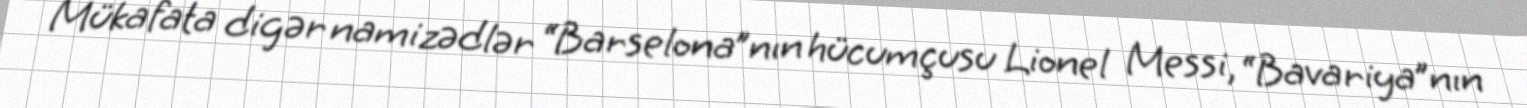
Mükafata digər namizədlər “Barselona”nın hücumçusu Lionel Messi, “Bavariya”nın